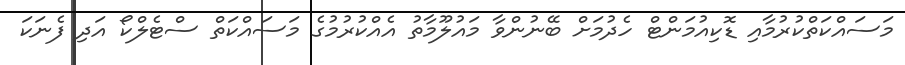
މަސައްކަތްކުރުމާއި ޑޮކިއުމަންޓް ހެދުމަށް ބޭނުންވާ މައުލޫމާތު އެއްކުރުމުގެ މަސައްކަތް ސްޓެލްކޯ އަދި ފެނަކަ